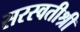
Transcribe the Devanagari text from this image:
सरस्वतीश्री